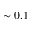
\sim 0 . 1